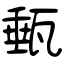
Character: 甀